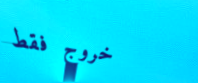
خروج فقط